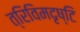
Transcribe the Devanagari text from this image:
त्रिविमदृष्टि